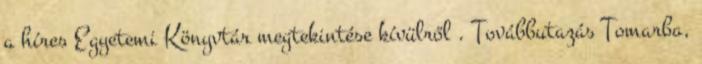
a híres Egyetemi Könyvtár megtekintése kívülről . Továbbutazás Tomarba,